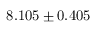
8 . 1 0 5 \pm 0 . 4 0 5